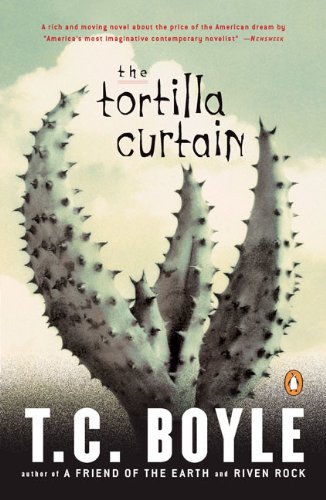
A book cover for The Tortilla Curtain; T. Coraghessan Boyle; Literature & Fiction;